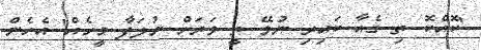
'ކޮއްކޮ ތި ގެއާ ކައިރި ނުވޭ ތީ ވަރަށް ނުލަފާ މީހެއް' އެހެން